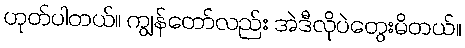
ဟုတ်ပါတယ်။ ကျွန်တော်လည်း အဲဒီလိုပဲတွေးမိတယ်။